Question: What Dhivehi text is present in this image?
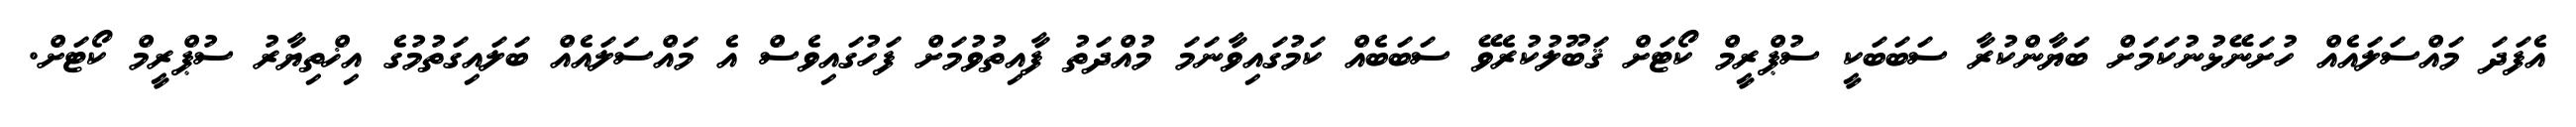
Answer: އެފަދަ މައްސަލައެއް ހުށަނޭޅުނުކަމަށް ބަޔާންކުރާ ސަބަބަކީ ސުޕްރީމް ކޯޓަށް ޤަބޫލުކުރެވޭ ސަބަބެއް ކަމުގައިވާނަމަ މުއްދަތު ފާއިތުވުމަށް ފަހުގައިވެސް އެ މައްސަލައެއް ބަލައިގަތުމުގެ އިޚްތިޔާރު ސުޕްރީމް ކޯޓަށް.